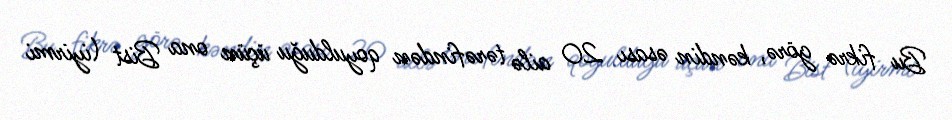
Bu fikrə görə, kəndin əsası 20 ailə tərəfindən qoyulduğu üçün ona Bist (iyirmi